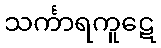
သင်္ကာရကူဋေ